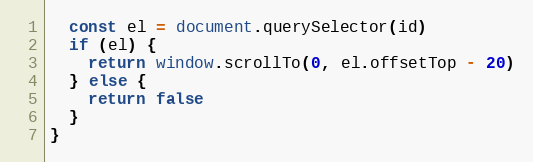
Language: JavaScript
  const el = document.querySelector(id)
  if (el) {
    return window.scrollTo(0, el.offsetTop - 20)
  } else {
    return false
  }
}